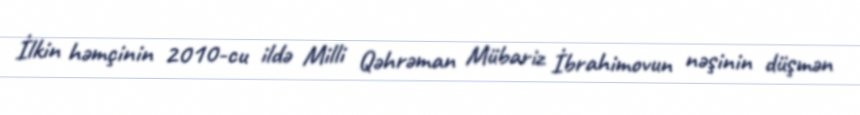
İlkin həmçinin 2010-cu ildə Milli Qəhrəman Mübariz İbrahimovun nəşinin düşmən